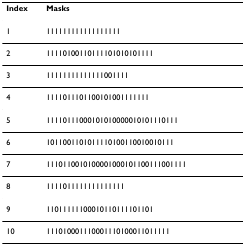
<table><thead><tr><td><b>Index</b></td><td><b>Masks</b></td></tr></thead><tbody><tr><td>1</td><td>111111111111111111</td></tr><tr><td>2</td><td>11110100110111101010101111</td></tr><tr><td>3</td><td>11111111111111001111</td></tr><tr><td>4</td><td>1111011101100101001111111</td></tr><tr><td>5</td><td>11110111000101010000010101110111</td></tr><tr><td>6</td><td>1011001101011110100110010010111</td></tr><tr><td>7</td><td>1110110010100001000101100111001111</td></tr><tr><td>8</td><td>1111011111111111111</td></tr><tr><td>9</td><td>11011111100010110111101101</td></tr><tr><td>10</td><td>111010001110001110100011011111</td></tr></tbody></table>